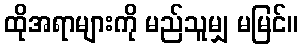
ထိုအရာများကို မည်သူမျှ မမြင်။